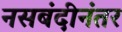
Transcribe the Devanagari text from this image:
नसबंदीनंतर